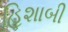
હિશાબી